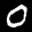
Label: 0